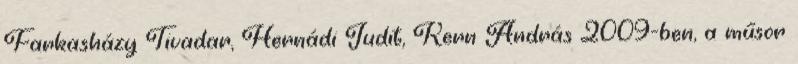
Farkasházy Tivadar, Hernádi Judit, Kern András 2009-ben, a műsor